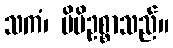
သကံ၊ မိမိဥစ္စာသည်။